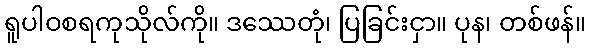
ရူပါဝစရကုသိုလ်ကို။ ဒဿေတုံ၊ ပြခြင်းငှာ။ ပုန၊ တစ်ဖန်။